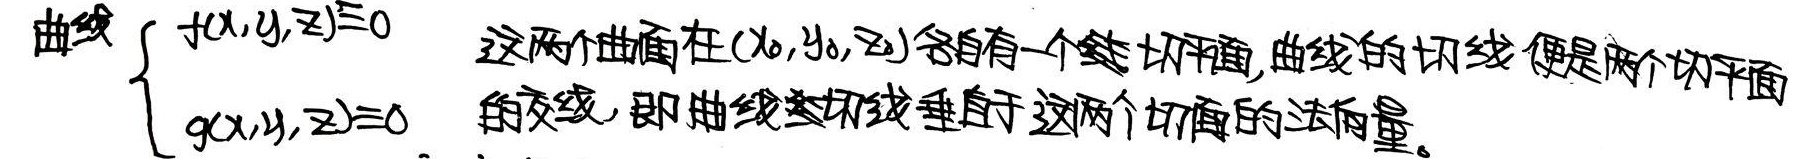
曲线
\[\begin{cases}
f(x,y,z)=0\\
g(x,y,z)=0
\end{cases}\]
这两个曲面在\((x_0,y_0,z_0)\)各自有一个切平面。曲线的切线便是两个切平面的交线，即曲线的切线垂直于这两个切面的法向量。